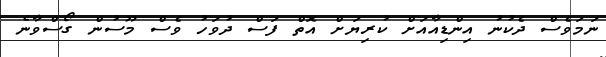
ނަމަވެސް ދެކުނު އިންޑިއާއަށް ކުރިޔަށް އޮތް ފަސް ދުވަހު ވެސް މޫސުން ގޯސްވާނެ